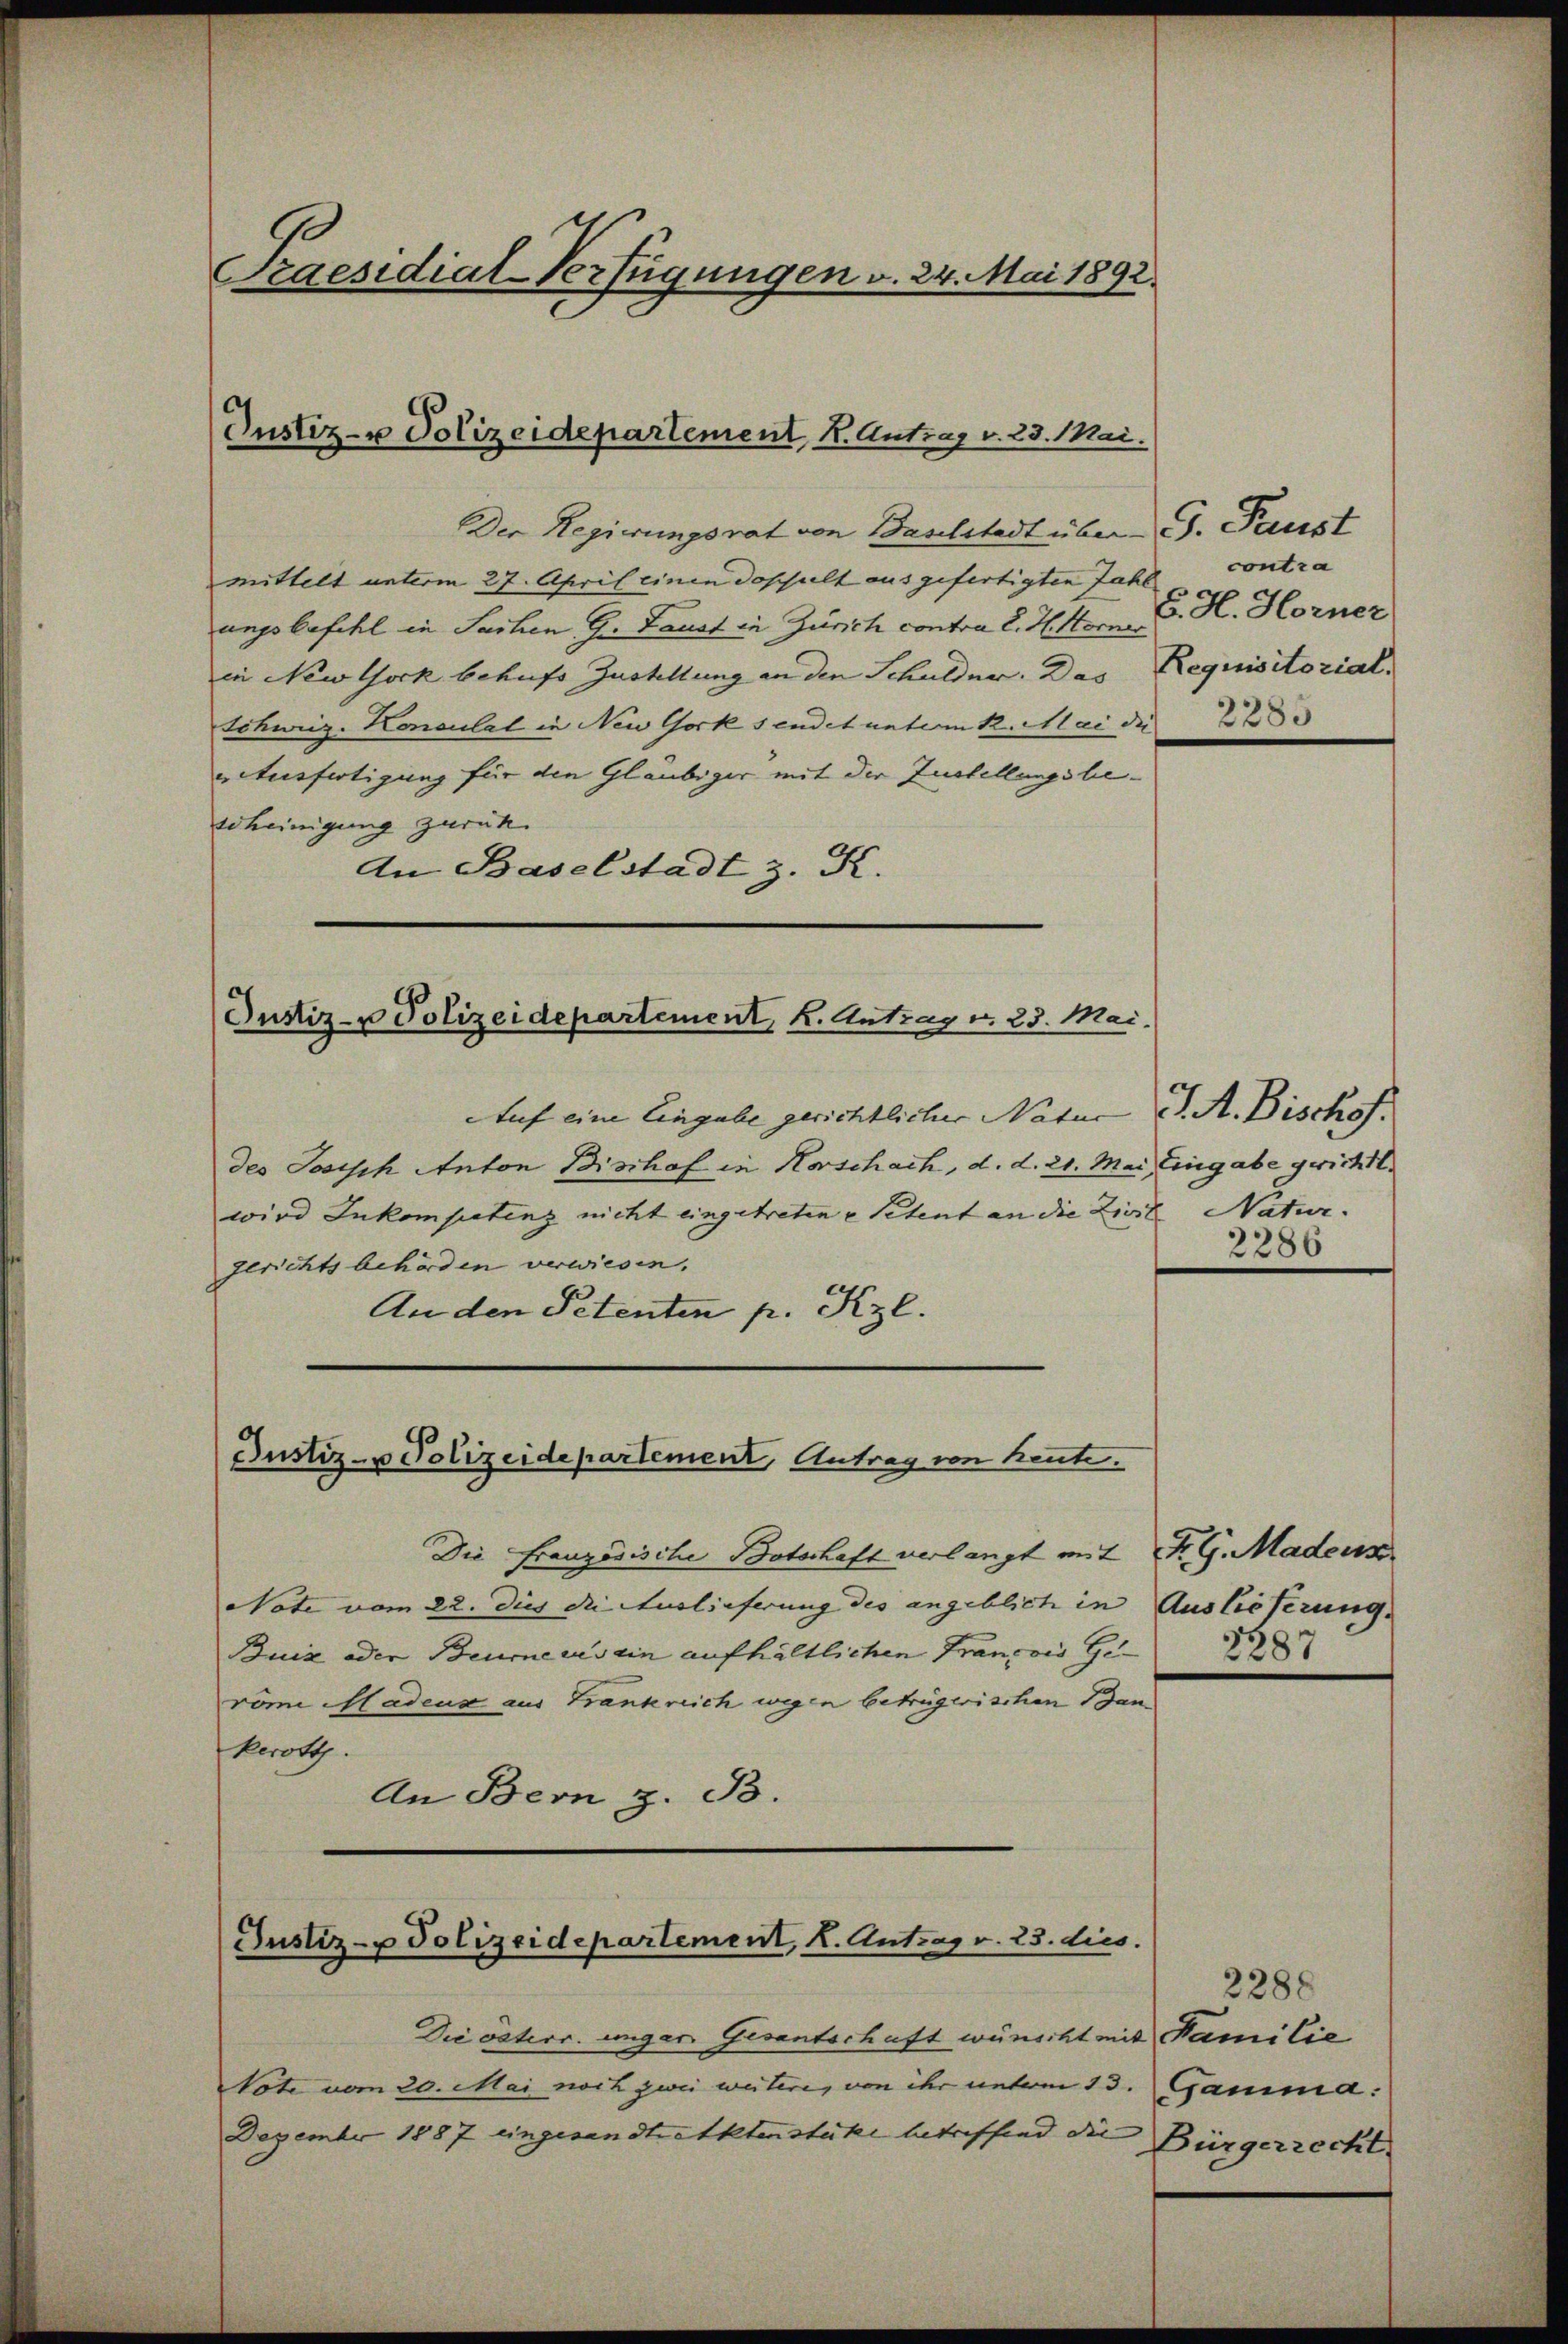
Praesidial-Verfügungen v. 24. Mai 1892.

Justiz- u Polizeidepartement, K. Antrag v. 23. Mai.

Der Regierungsrat von Baselstadt über
mittelt unterm 27. April einen doppelt ausgefertigten Zahl
ungsbefehl in Sachen zu Faust in Zürich contra 2. H. Horn J. H. Horner
in Newtock behufs Zustellung an den Schulder. Das Requisitorial,
Schweiz. Konsulat in New York sendet unterm K. Mai die
Ausfertigung für den Gläubiger mit der Zustellungsbe-
scheinigung zurück.
An Baselstadt z. K.

Justiz- u Polizeidepartement, K. Antrag v. 23. Mai.

Justiz- u Polizeidepartement, Antrag von heute.

Justiz- u Polizeidepartement, K. Antrag v. 23. dies.

Die österr. ungar. Gisantschaft wünscht in
Note vom 20. Mai noch zwei weitere, von der unterm 13
Dezember 1887 eingesandtrecktenstüke betreffend die |

5. Paust
contra
2283

Auf eine Eingabe gerichtlicher Natur
des Joseph Anton Bischof in Horschach, d. d. 21. Mai Eingabe gerichtl.
wird Inkompetenz nicht eingetreten u Petent an die Zivil Natur.
gerichtsbehörden verwiesen.
An den Petenten p. Kzl.

Die Französische Botschaft verlangt mit Fr. G. Madeus
Note vom 22. dies die Auslieferung des angeblich in Auslieferung.
Buiz oder Beure aus ein aufhältlichen François Geröme Madeus aus Trankreich wegen betrügerischen dan
kerott.
An Bern z. B.

. A. Bischof.
2286

3287

2288
ie Familie
Gamma:
Bürgerrecht